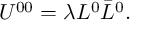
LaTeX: U ^ { 0 0 } = \lambda L ^ { 0 } \bar { L } ^ { 0 } .